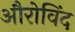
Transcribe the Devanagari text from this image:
औरोविंद